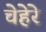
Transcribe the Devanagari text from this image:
चेहेरे